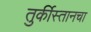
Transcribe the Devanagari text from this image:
तुर्कीस्तानचा